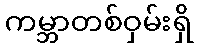
ကမ္ဘာတစ်ဝှမ်းရှိ